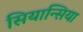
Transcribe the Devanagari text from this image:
सियान्सिया